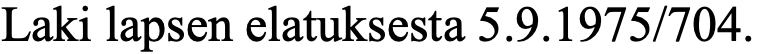
Laki lapsen elatuksesta 5.9.1975/704.